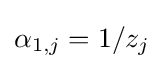
\alpha _{1,j}=1/z_{j}